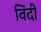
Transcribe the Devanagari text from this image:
विंदी